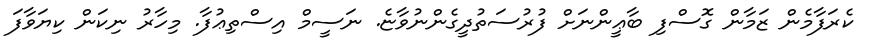
ކެރަފާމެން ޒަމާން ގޮސްފި ބާޢީންނަށް ފުރުސަތުދީގެންނުވާޏެ. ނަސީމް އިސްތިޢުފާ. މިހާރު ނިކަން ކިޔަވާފަ